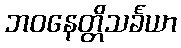
ဘဝနေတ္တိသင်္ခယာ